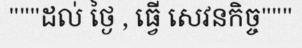
"""ដល់ ថ្ងៃ , ធ្វើ សេវនកិច្ច"""